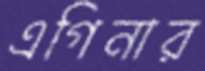
এগিনার